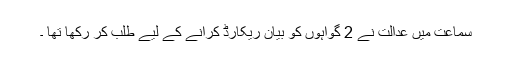
سماعت میں عدالت نے 2 گواہوں کو بیان ریکارڈ کرانے کے لیے طلب کر رکھا تھا ۔